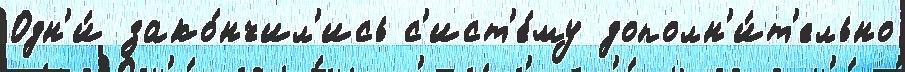
Одн'и́ зако́нчил'ись с'ист'е́му дополн'и́т'ельно